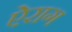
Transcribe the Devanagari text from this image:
ऐराग